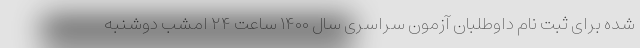
شده برای ثبت نام داوطلبان آزمون سراسری سال ۱۴۰۰ ساعت ۲۴ امشب دوشنبه